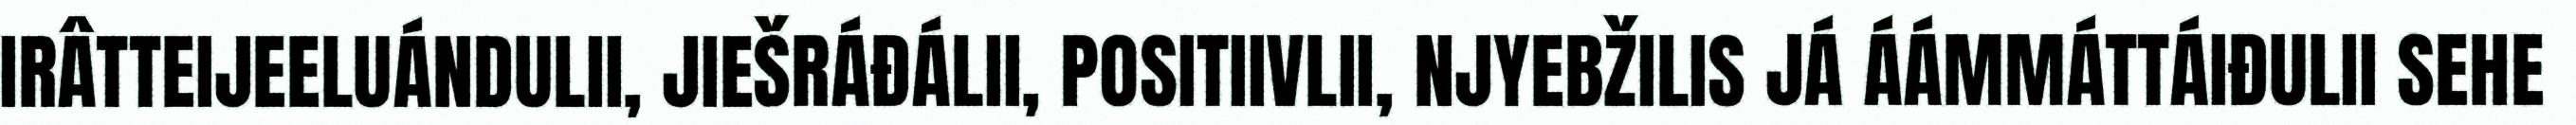
IRÂTTEIJEELUÁNDULII, JIEŠRÁĐÁLII, POSITIIVLII, NJYEBŽILIS JÁ ÁÁMMÁTTÁIĐULII SEHE